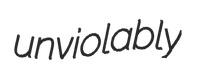
unviolably